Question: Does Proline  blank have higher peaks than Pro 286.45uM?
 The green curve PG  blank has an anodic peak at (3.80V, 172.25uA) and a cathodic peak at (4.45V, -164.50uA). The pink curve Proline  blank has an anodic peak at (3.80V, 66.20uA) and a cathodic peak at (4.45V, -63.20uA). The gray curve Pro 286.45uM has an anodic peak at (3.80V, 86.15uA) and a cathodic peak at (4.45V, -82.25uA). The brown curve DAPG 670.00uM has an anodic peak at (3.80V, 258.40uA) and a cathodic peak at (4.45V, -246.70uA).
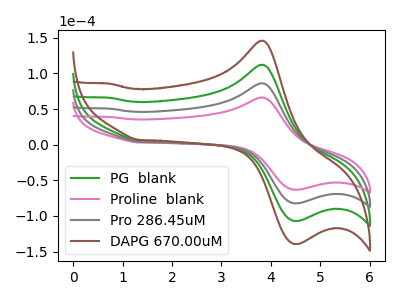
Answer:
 <answer>Every peak in "Proline  blank" is lower than every peak in "Pro 286.45uM".</answer>
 <eval>lower</eval>